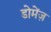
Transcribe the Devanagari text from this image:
डोमेंज़